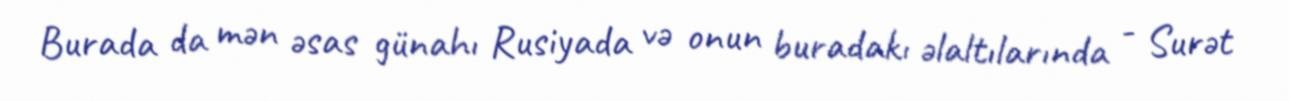
Burada da mən əsas günahı Rusiyada və onun buradakı əlaltılarında - Surət